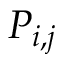
P _ { i , j }